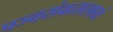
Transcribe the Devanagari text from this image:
पञ्चसंवत्सरमयं